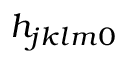
h _ { j k l m 0 }